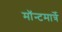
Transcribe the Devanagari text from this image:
मॉन्टमार्त्रे